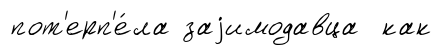
пот'ерп'е́ла заjимодавца как